Calcutta medical institutions reports 1879-81 [i.e.91]
Year: 1879
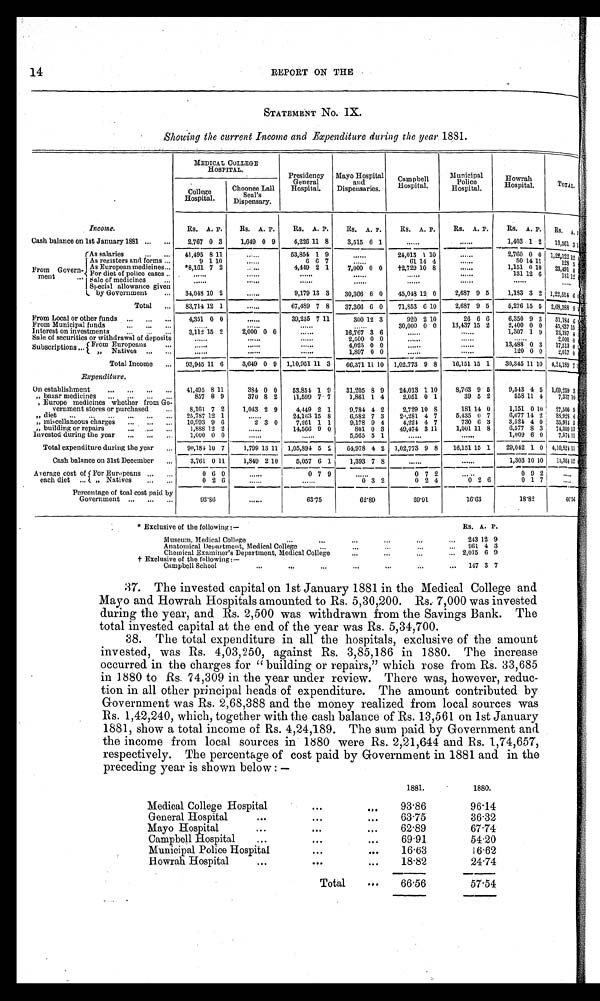
14 R
EPORT ON THE
STATEMENT NO. IX.
Showing the current Income and Expenditure during the year 1881.
.
MEDICAL COLLEGE
HOSPITAL.
Presidency
General
Hospital.
Mayo Hospital
and
Dispensaries.
Campbell
Hospital.
Municipal
Police
Hospital.
Howra
h Hospital.
TOTAL
College
Hospital.
Choonee Lall
Seal
's Dispensary.
Income.
Rs. A. P.
Rs. A. P.
Rs. A. P.
Rs. A. P.
Rs. A. P.
Rs. A. P.
Rs. A. P.
Rs.
A.
P.
Cash balance on 1st January 1881
2,767 0 3
1,649 0 9
4,226 11 8
3,515 6 1
. . . . . .
. . . . . . 1,403 1 2
13,561 3
1
From Govern-
meat
As salaries
41,495 8 11
......
53,854 1 9
......
24,013 1 10
. . . . . .
2,760 0 0 1,22,122
1 2
As registers and forms
9 1 10
. . . . . .
6 6 7
. . . . . .
61 14 4
......
50 14 11
128
5
As European medicines
*8,161 7 2
. . . . . .
4,419 2 1
7,000 0 0
†2,729 10 8
......
1,151 0
1 0 23,491
4
For diet of police cases
. . . . . .
. . . . . .
. . . . . .
. . . . . .
. . . . . .
. . . . . .
131 12 6
131
1 2
sale of medicines
. . . . . .
. . . . . .
. . . . . .
. . . . . .
. . . . . .
. . . . . .
. . . . . .
Special allowance given
by Government
34,048 10 2
......
9,179 13 3
30,366 6 0
45,048 12 0
2,687 9 5
1,183 3 2 1,22,514 6
Total
83,714 12 1
......
67,489 7 8
37,366 6 0
71,853 6 10
2,687 9 5
5,276 15 5 2,68,388 9
From Local or other funds
4,351 0 0
......
39,235 7 11
300 12 3
920 2 10
26 6 6
6,350 9 3
••••-
51,184
H
6 !'
From Municipal funds
. . . . . . .
. . . . . .
. . . . . .
30,000 0 0
13,437 15 2
2,400 0 0
45,837 1 5 :
Interest on investments
3,112 15 2
2,000 0 0
......
16,767 3 6
. . . . . .
. . . . . .
1,307 1 9
23,187 4
Sale of securities or withdrawal of deposits
. . . . . .
. . . . . .
. . . . . .
2,500 0 0
. . . . . .
.....
2500
0
Subscriptions
From Europeans
. . . . . .
. . . . . .
. . . . . .
4,025 0 0
13,488 0 3
17,513 0
,, Natives
. . . . . .
. . . . . .
. . . . . .
1,897 0 0
120 0 0
2,017 0
Total Income
93,945 11 6
3,649 0 9 1,10,951 11 3
66,371 11 10 1,02,773 9 8
16,151 15 1
30,345 11 10 4,24,189 7 1
Expenditure.
On establishment
41,495 8 11
384 0 0
53,851 1 9
31,205 8 9
24,013 1 10
8,763 9 5
9,543 4 5 1,69,259 3
„ bazar medicines
857 8 9
370 8 2
1,599 7 7
1,861 1 4
2,051 0 1
39 5 2
558 11 4
7,33710
, Europe medicines whether from Go-
vernment stores or purchased
8,161 7 2
1,043 2 9
4,449 2 1
9,781 4 2
2,729 10 S
181 14 0
1,151 0 10
27,509 9
„ diet
25,787 12 1
. . . . . .
24,103 15 8
6,582 7 3
20,281 4 7
5,435 0 7
6,577 11 2
88,928 0
„ miscellaneous charges
10,993 9 6
2 3 0
7,261 1 1
9,178 9 4
4,224 4 7
730 6 3
3,521 4 0, 35,914 5
„ building or repairs
1,888 12 2
. . . . . .
14,566 9 0
801 0 3
40,474 3 11
1,001 11 8
6,577 8 3
74,309 1 3
invested during the year
1,000 0 0
. . . . . .
. . . .
5,565 5 1
. . . . . .
. . . . . .
1,009 6 0
7,574
4,10,824
1 1
1 1
Total expenditure during the year
90,184 10 7
1,799 13 11 1,05,894 5
9
64,978 4 2 1,02,773 9 8
16,151 15 1
29,042 1 0
Cash balance on 31st December
3,761 0 11
1,849 2 10
5,057 6 1
1,393 7 8
. . . . . .
. . . . . .
1,303 10 10
1 3 , 3 6 4
1 2
Average cost of
each diet
For Europeans
0 6 0
......
0 7 9
. . . . . .
0 7 2
. . . . .
0 9 2
. . . . . .
„ Natives
0 2 6
. . . . . .
. . . . . .
0 3 2
0 2 4
0 2 6
0 1 7
......
Percentage of toal cost paid by
Government
93.86
......
63.75
62.89
69.91
16.63
18.82
6 6 . 5 6
* Exclusive of the following:—
Rs. A. P.
Museum, Medical College
243 12 9
Anatomical Department, Medical College
961 4 3
Chemical Examiner's Department, Medical College
2.015 6 9
t Exclusive of the following:—
Campbell School
147 3 7
37. The invested capital on 1st January 1881 in the Medical College and
Mayo and Howrah Hospitals amounted to Rs. 5,30,200. Rs.. 7,000 was invested
during the year, and Rs. 2,500 was withdrawn from the Savings Bank. The
total invested capital at the end of the year was Rs. 5,34,700.
38. The total expenditure in all the hospitals, exclusive of the amount
invested, was Rs. 4,03,250, against Rs. 3,85,186 in 1880. The increase
occurred in the charges for "building or repairs," which rose from Rs. 33,685
in 1880 to Rs. 74,309 in the year under review. There was, however, reduc
- t i o n i n a l l o t h e r p r i n c i p a l h e a d s o f e x p e n d i t u r e . T h e a m o u n t c o n t r i b u t e d b y
Government was Rs. 2,68,388 and the money realized from local sources was
Rs. 1,42,240, which, together with the cash balance of Rs. 13,561 on 1st January
1881, show a total income of Rs. 4,24,189. The sum paid by Government and
the income from local sources in 1880 were Rs. 2,21,644 and Rs. 1,74,657,
respectively. The percentage of cost paid by Government in 1881 and in the
preceding year is shown below:—
1881.
1880.
Medical College Hospital
93.86
96.14
General Hospital
63.75
36.32
Mayo Hospital
62.89
67.74
Campbell Hospital
69.91
54.20
Municipal Police Hospital
16.63
16.62
Howrah Hospital
18.82
24.74
Total
66.56
57.54